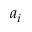
a _ { i }